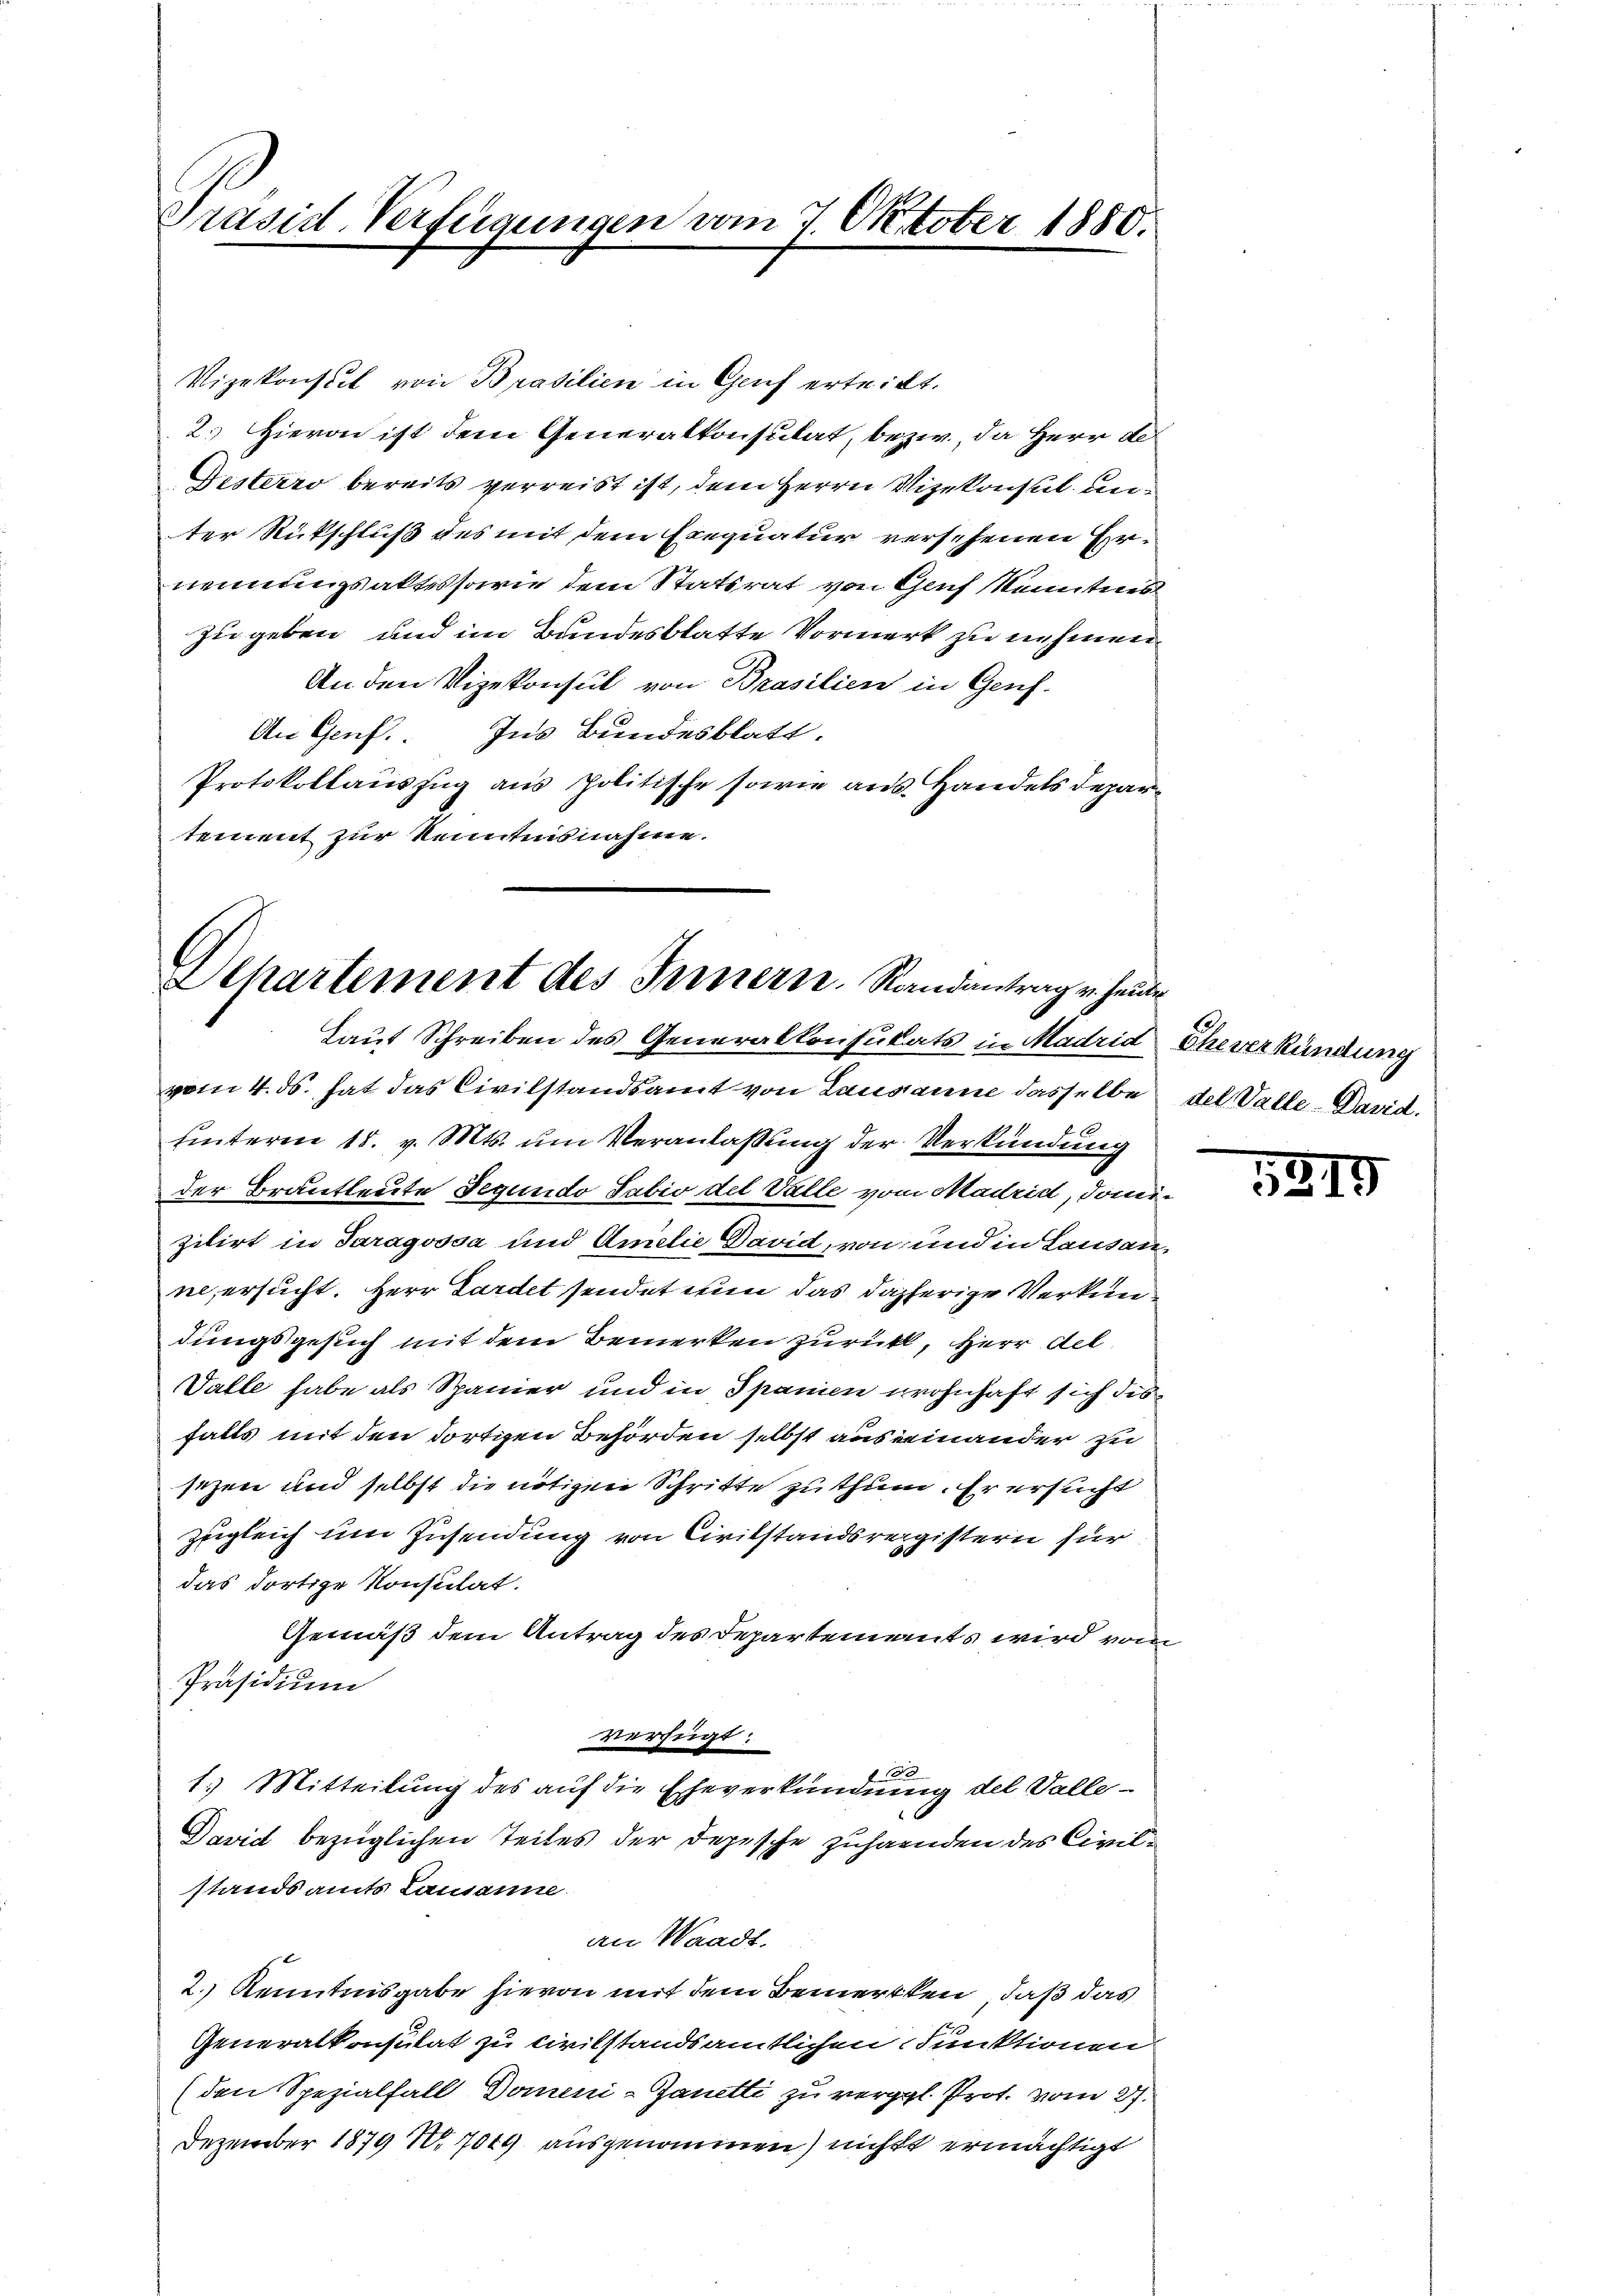
Präsid-Verfügungen vom 7. Oktober 1880.

Vizekonseit von Brasilien in Genf erteilt.
2.) Hievon ist dem Generalkonsulat, bezw., da Herr De¬
Festerzo bereits verreist ist, dem Herrn Vizekonsul unter Rutschluß des mit dem Exequatur versehenen Ernennungsaktes sowie dem Statsrat von Genf kenntnis
zue geben und im Bundesblatte Vormerk zu nehmen.
An den Vizekonsul von Prasilien in Genf.
An Genf. Ins Bundesblatt.
Protokollauszug aus politische sowie aus Handels Departement zur Kenntnisnahme.

Departement des Innern. Randantrag u. heute
Laut Schreiben des Generalkonsulats in Madrid Eheverkündung

vom 4. ds. hat das Civilstandsamt von Lausanne dasselbe des Valle - David.
hinterm 18. v. Mts. um Veranlassung der Verkündung
der Brautleute Segundo Sabio del Valle vom Madrid, domizilirt in Saragossa und Amilie David, von und in Lausanne, ersucht. Herr Sardet sendet nun das daherige Verkundungsgesuch mit dem Bemerken zurück, Herr All¬
Valle habe als Spanier und in Spanien wohnhaft sich des
falls mit den dortigen Behörden selbst aus einander zu
sezen und selbst die nötigen Schritte zu thum. Er ersucht
zugleich um Zusendung von Civilstandsregistern für
das dortige Konsulat.
Gemäß dem Antrag des Departements wird vom
Präsidium
verfügt:
A
1.) Mitteilung des auf die Eheverkündung des Valle¬
David bezüglichen Teiles der Depesche Zuhaenden des Civilstandsamts Lausanne.
an Waadt,
2.) Kenntnisgabe hievon mit dem Bemercken, daß das
Generalkonsulat zu civilstandsamtlichen Funktionen
(den Spezialfall Domeni-Ganetti zu vergl. Prot. vom 27.
Dezember 1879 No 704 ausgenommen) nicht ermächtigt

5819